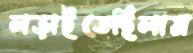
লড়াইতেছিলাম